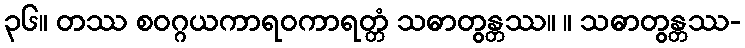
၃၆။ တဿ စဝဂ္ဂယကာရဝကာရတ္တံ သဓာတွန္တဿ။ ။ သဓာတွန္တဿ-